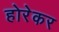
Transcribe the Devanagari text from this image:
होरेकर